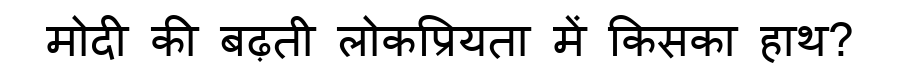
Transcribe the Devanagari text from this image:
मोदी की बढ़ती लोकप्रियता में किसका हाथ?